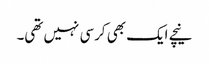
نیچے ایک بھی کرسی نہیں تھی۔